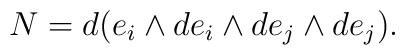
N=d(e_i\wedge de_i\wedge de_j\wedge de_j).